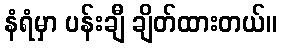
နံရံမှာ ပန်းချီ ချိတ်ထားတယ်။